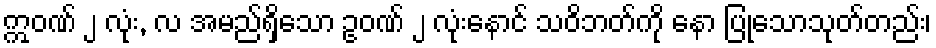
ဣဝဏ် ၂ လုံး, လ အမည်ရှိသော ဥဝဏ် ၂ လုံးနောင် သဝိဘတ်ကို နော ပြုသောသုတ်တည်း၊